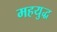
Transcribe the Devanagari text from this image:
महयुद्ध